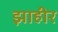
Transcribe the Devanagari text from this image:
झाहीर